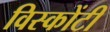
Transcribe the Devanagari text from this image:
विस्कोंटी